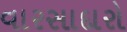
વારસાદારો